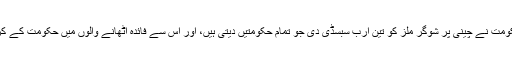
روداد کچھ یوں ہے کہ حکومت نے چینی پر شوگر ملز کو تین ارب سبسڈی دی جو تمام حکومتیں دیتی ہیں، اور اس سے فائدہ اٹھانے والوں میں حکومت کے کرتا دھرتا خود شامل تھے۔